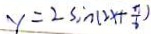
y = 2 \sin ( 2 x + \frac { \pi } { 6 } )